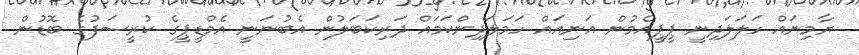
ޔާމިނައް ހަލަލަދިނީ ޕީޕީއެމުން އަނިއައް ހަމަލަދިންކަމައް ދަރިކަބަލުން އެބުނަނީ އެމްޑީޕީގެ ކުރީސަފުގެ ބޮޑުން